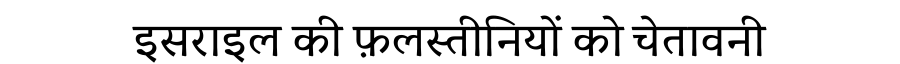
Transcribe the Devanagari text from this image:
इसराइल की फ़लस्तीनियों को चेतावनी